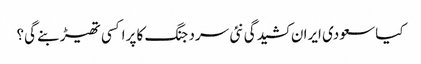
کیا سعودی ایران کشیدگی نئی سرد جنگ کا پراکسی تھیڑ بنے گی؟